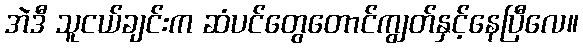
အဲဒီ သူငယ်ချင်းက ဆံပင်တွေတောင်ကျွတ်နှင့်နေပြီလေ။